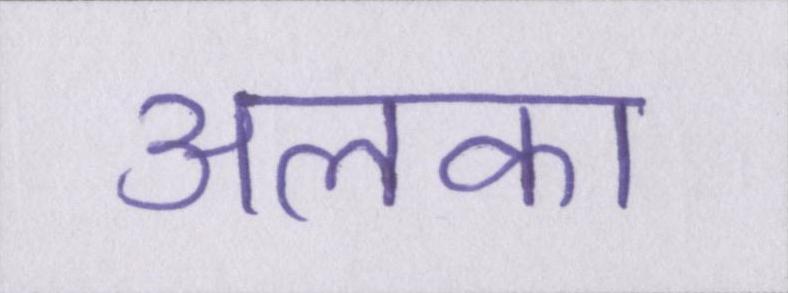
अलका